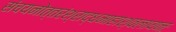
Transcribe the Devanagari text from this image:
संचयनोत्तरंश्राद्धमाहाश्वलायनः